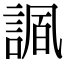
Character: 𧩠